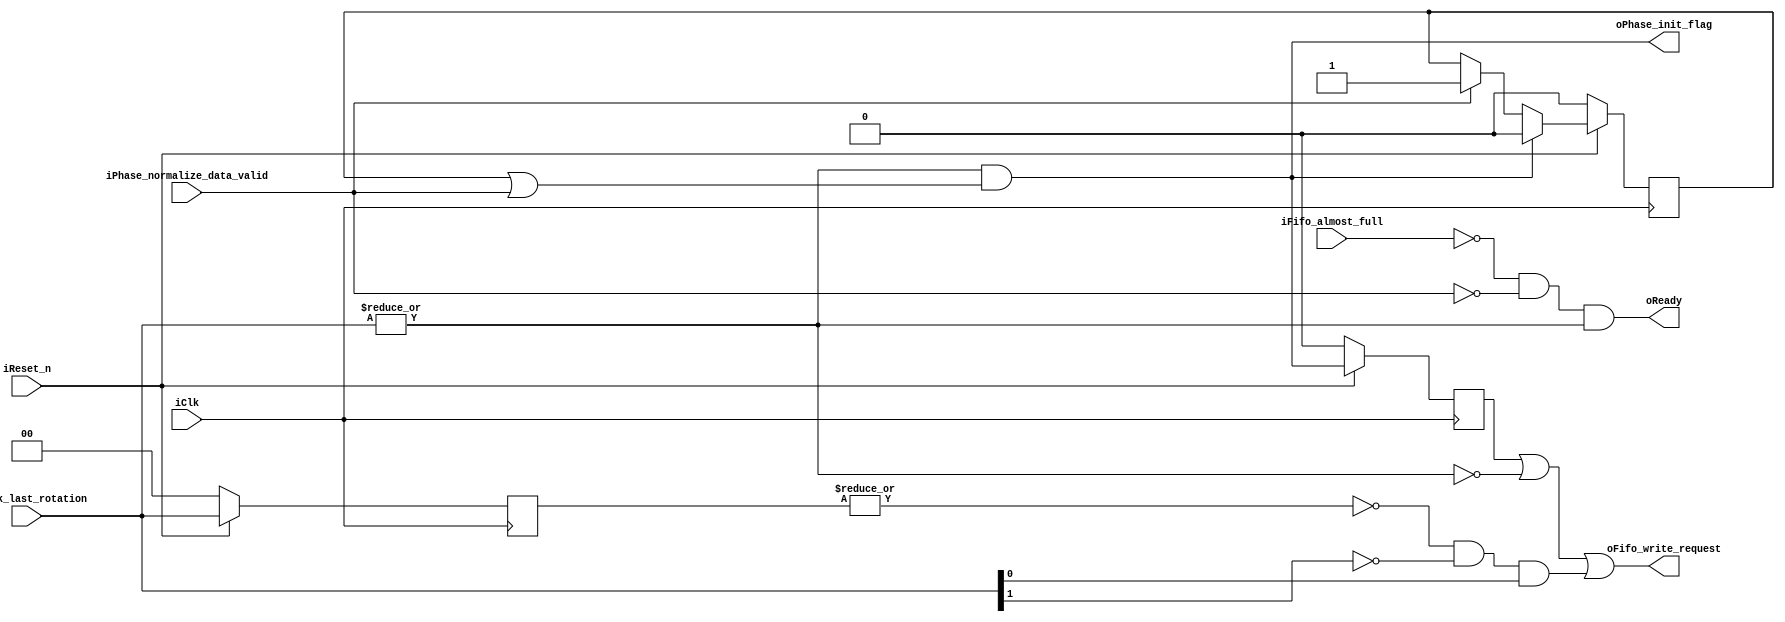
module cordic_fixedpoint_control_logic
(
	input			iClk,
	input			iReset_n,
	input	[1:0]	iCheck_last_rotation,
	input			iFifo_almost_full,
	input			iPhase_normalize_data_valid,
	output 			oReady,
	output			oFifo_write_request,
	output		oPhase_init_flag				//control mux
);

wire	check_last_rotation_eq_1;
wire	s1_check_last_rotation_eq_0;

reg 			phase_last_check;
reg  			s1_phase_init_flag;
reg		[1:0]	s1_check_last_rotation;



//	==============================================================
//	Combinational circuits
//	==============================================================
assign check_last_rotation_eq_1 = |iCheck_last_rotation;
assign	s1_check_last_rotation_eq_0	 = ~|s1_check_last_rotation;

//	===================	oReady	==================================
// (< threshold) or last rotation
assign	oPhase_init_flag	=	check_last_rotation_eq_1 & (phase_last_check | iPhase_normalize_data_valid);

assign 	oFifo_write_request = 	(s1_phase_init_flag)	| ~check_last_rotation_eq_1 | 
								(s1_check_last_rotation_eq_0 & ~iCheck_last_rotation[1] & iCheck_last_rotation[0]);

//	==============================================================
//	Sequential circuits
//	==============================================================
always @ (posedge iClk)
begin
	if(~iReset_n)							phase_last_check <=	1'b0;	
	else if (oPhase_init_flag)				phase_last_check <= 1'b0;
	else if (iPhase_normalize_data_valid)	phase_last_check <= 1'b1;
end


always	@(posedge	iClk)
begin
	if(~iReset_n)	s1_phase_init_flag		<=	1'b0;
	else			s1_phase_init_flag		<=	oPhase_init_flag;
end


always	@(posedge	iClk)
begin
	if(~iReset_n)	s1_check_last_rotation		<=	2'b0;
	else			s1_check_last_rotation		<=	iCheck_last_rotation;
end

assign oReady		=	~iFifo_almost_full & ~iPhase_normalize_data_valid & check_last_rotation_eq_1;


endmodule